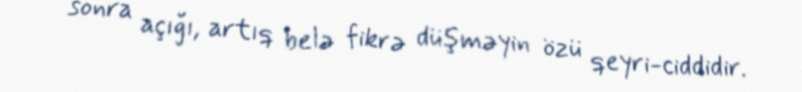
sonra açığı, artıq belə fikrə düşməyin özü qeyri-ciddidir.